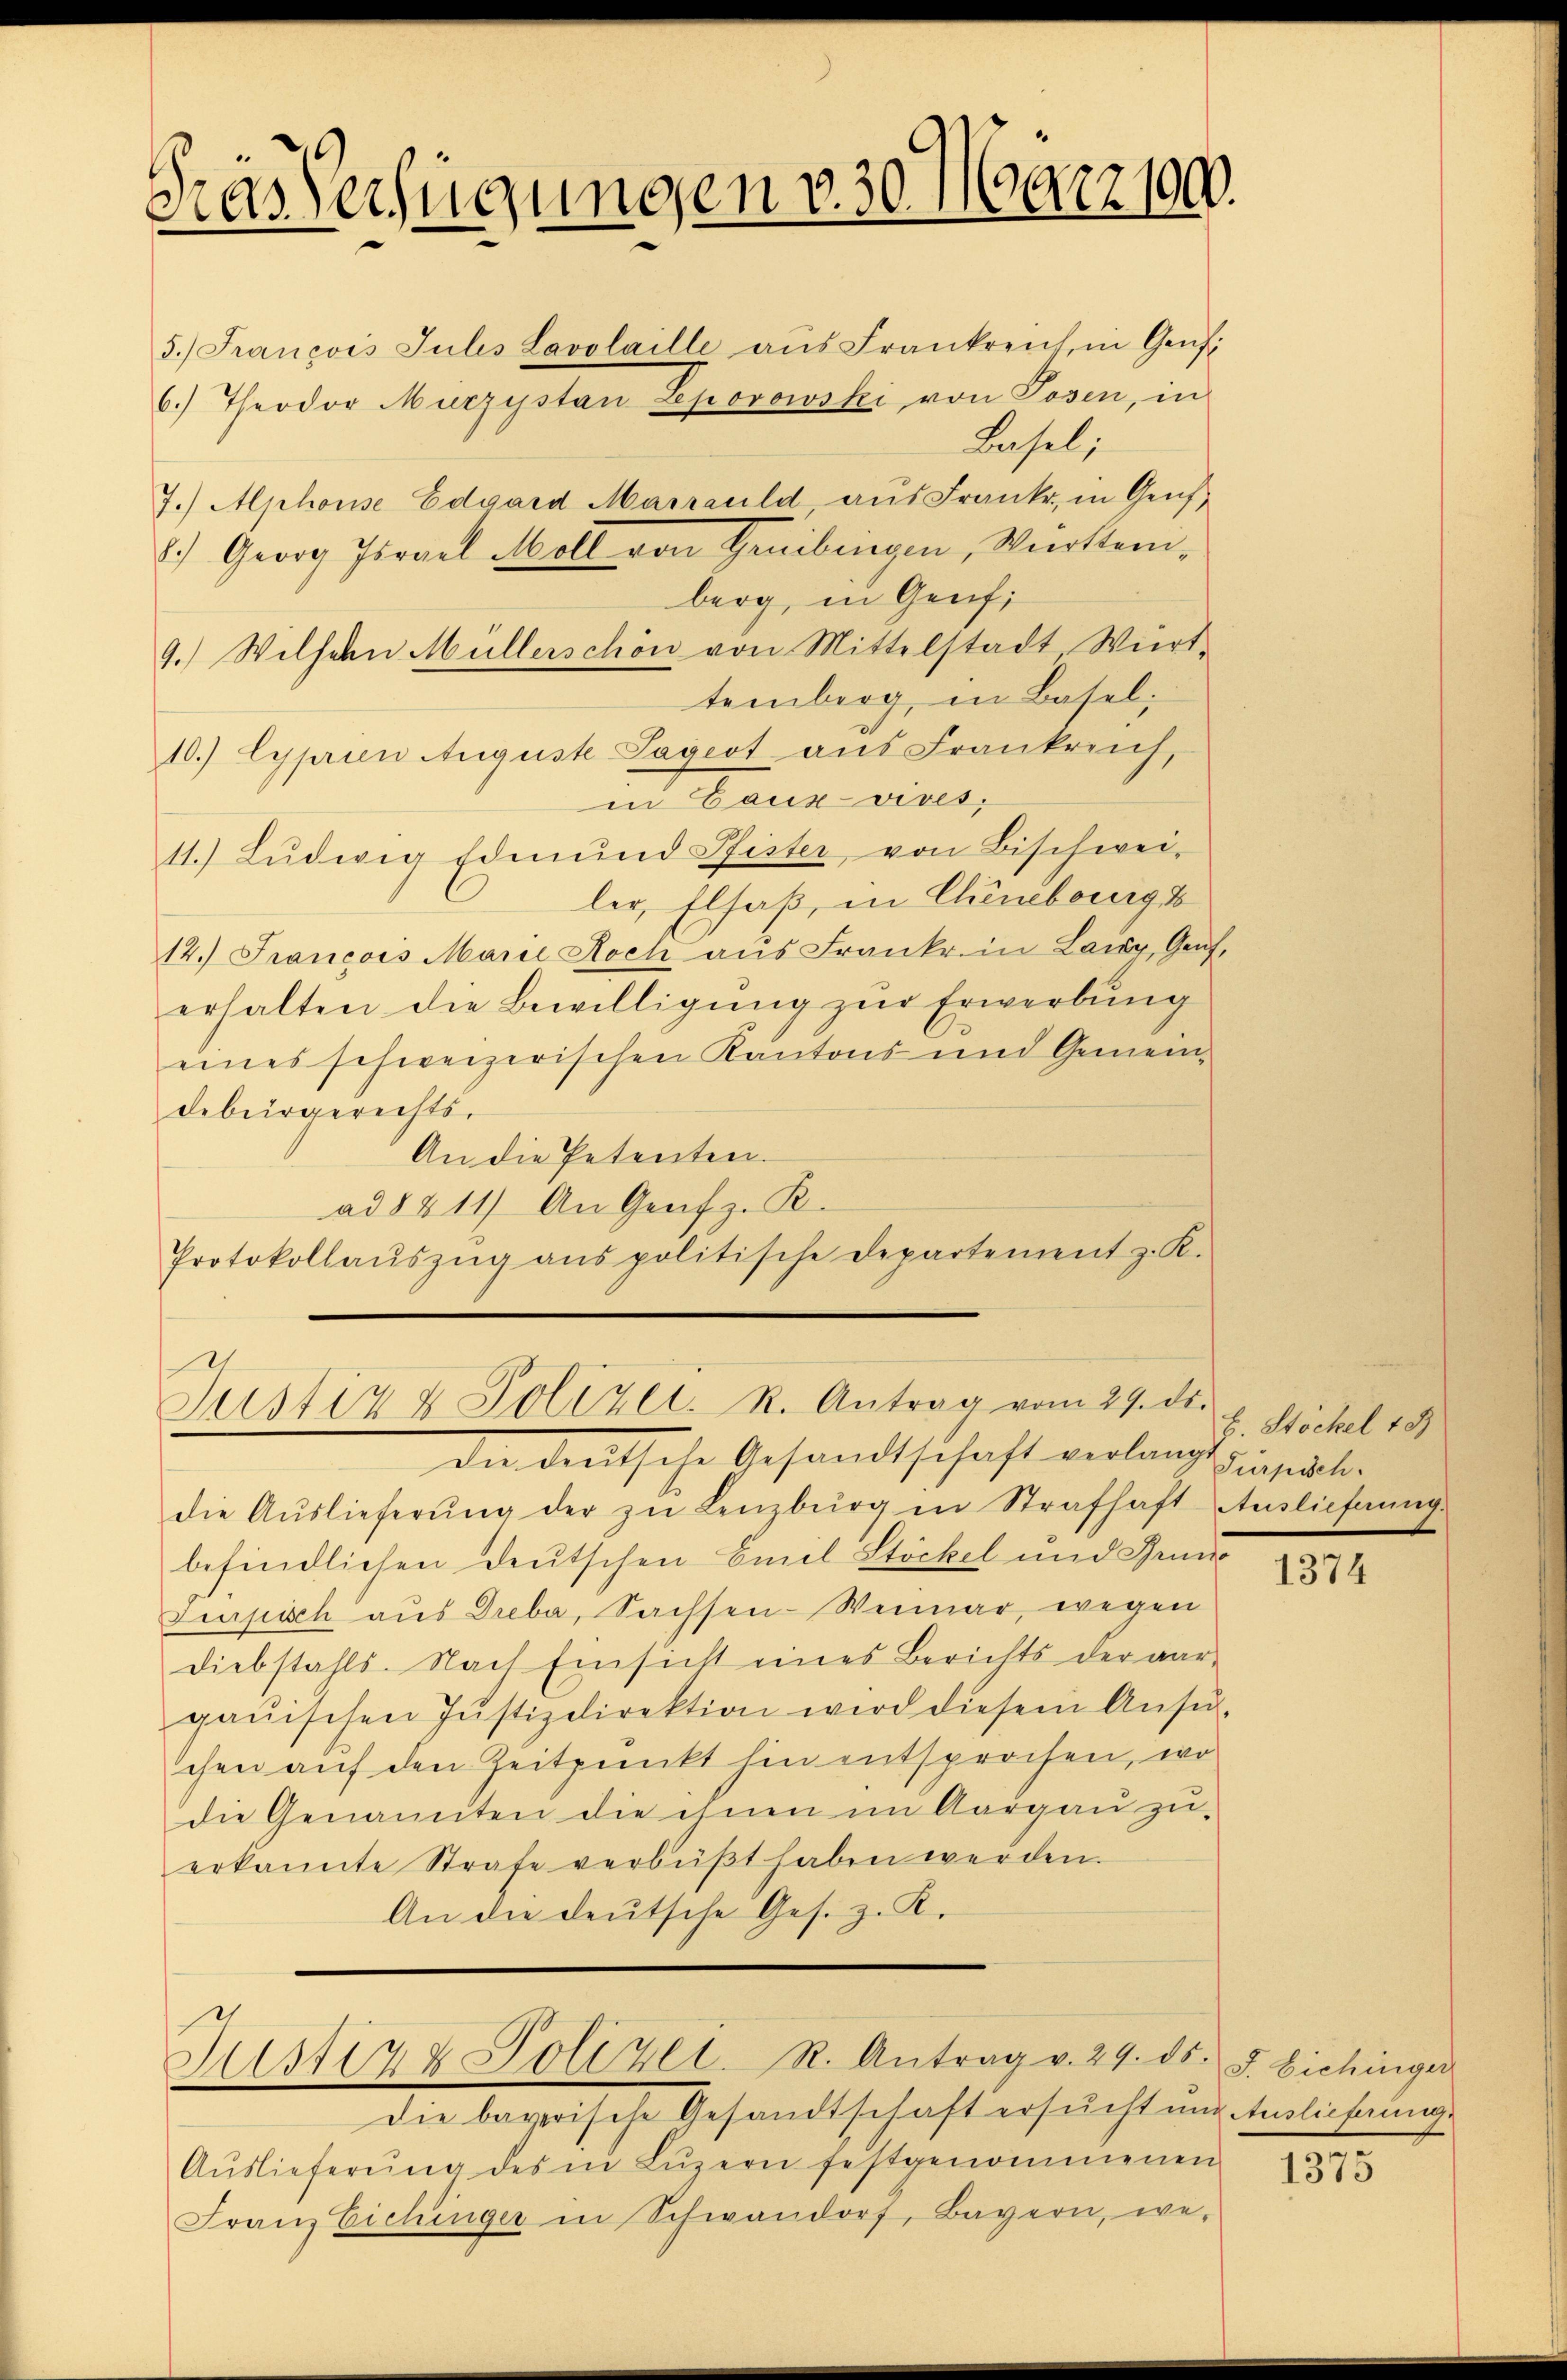
Das Verfügungen v. 30. März 190.

5.) Francois Julis Lavolaille aŭs Frankreich, in Grŭf:
6.) Theodor Murzystan Leporowski von Tosen, in
Lasel;
7.) Alphons Edgard Marrauld, aŭs Frank, in Genf,
8.) Georg Tirael Moll von Genibingen, Viertemberg, in Genf;
9. Wilhelm Müllerschön von Mittelstadt Würt
temberg, in Basel;
10.) lyprien Auguste Lagert aus Frankreich,
in Gauz-vives,
11.) Lŭdwig Edmund Pfister von Bischwei-
ler, Elsaß, in Chinebrig b
14.) Francois Marie Koch aus Franke in Laicy, Graf,
erhalten die Bewilligŭng zŭr Erwerbung
eines schweizerischen Kantons und Gemeindebürgerechts-
An die Petenten.
ad § 211) An Genfz. R.
Protokollaŭszŭg ans politische Departement z. K.

Justiz & Polizei. R. Antrag vom 29. d.

Justiz & Polizei. R. Antrag v. 29. ds. f. Eichinger

die bayerische Gesandtschaft ersucht und Auslieferunge
Aŭslieferŭng des in Lŭzern festgenommenen
Franz Eichinger in Schwandorf, Bayern, we-

dee deutsche Gesandtschaft verlangt unredeten
die Aŭslieferŭng der zu Lenzburg in Strafhaft Auslieferungs
befindlichen Deutschen Emil Stöckel und Grun
Jurpisch aus Dreba, Sachsen-Weimar, wegen
Diebstahls. Nach Einsicht eines Berichts der aar-
gaŭischen Jŭstizdirektion wird diesem Ansŭ-
chen auf den Zeitpunkt hin entsprochen, wo
die Genannten die ihnen im Aargau zu-
erkannte Strafe verbüβt haben werden.
An die deutsche Ges. z. R.

H. Stöckel 189

1374

1375